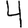
Digit: 4